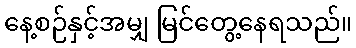
နေ့စဉ်နှင့်အမျှ မြင်တွေ့နေရသည်။